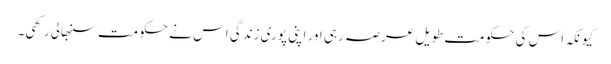
کیونکہ اس کی حکومت طویل عرصہ رہی اور اپنی پوری زندگی اس نے حکومت سنبھالی رکھی۔